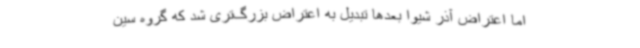
اما اعتراض آذر شیوا بعدها تبدیل به اعتراض بزرگ‌تری شد که گروه سین